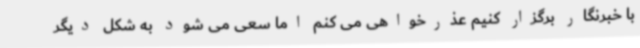
با خبرنگار برگزار کنیم عذرخواهی می کنم اما سعی می شود به شکل دیگر